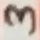
Text: 3